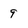
Character: 9